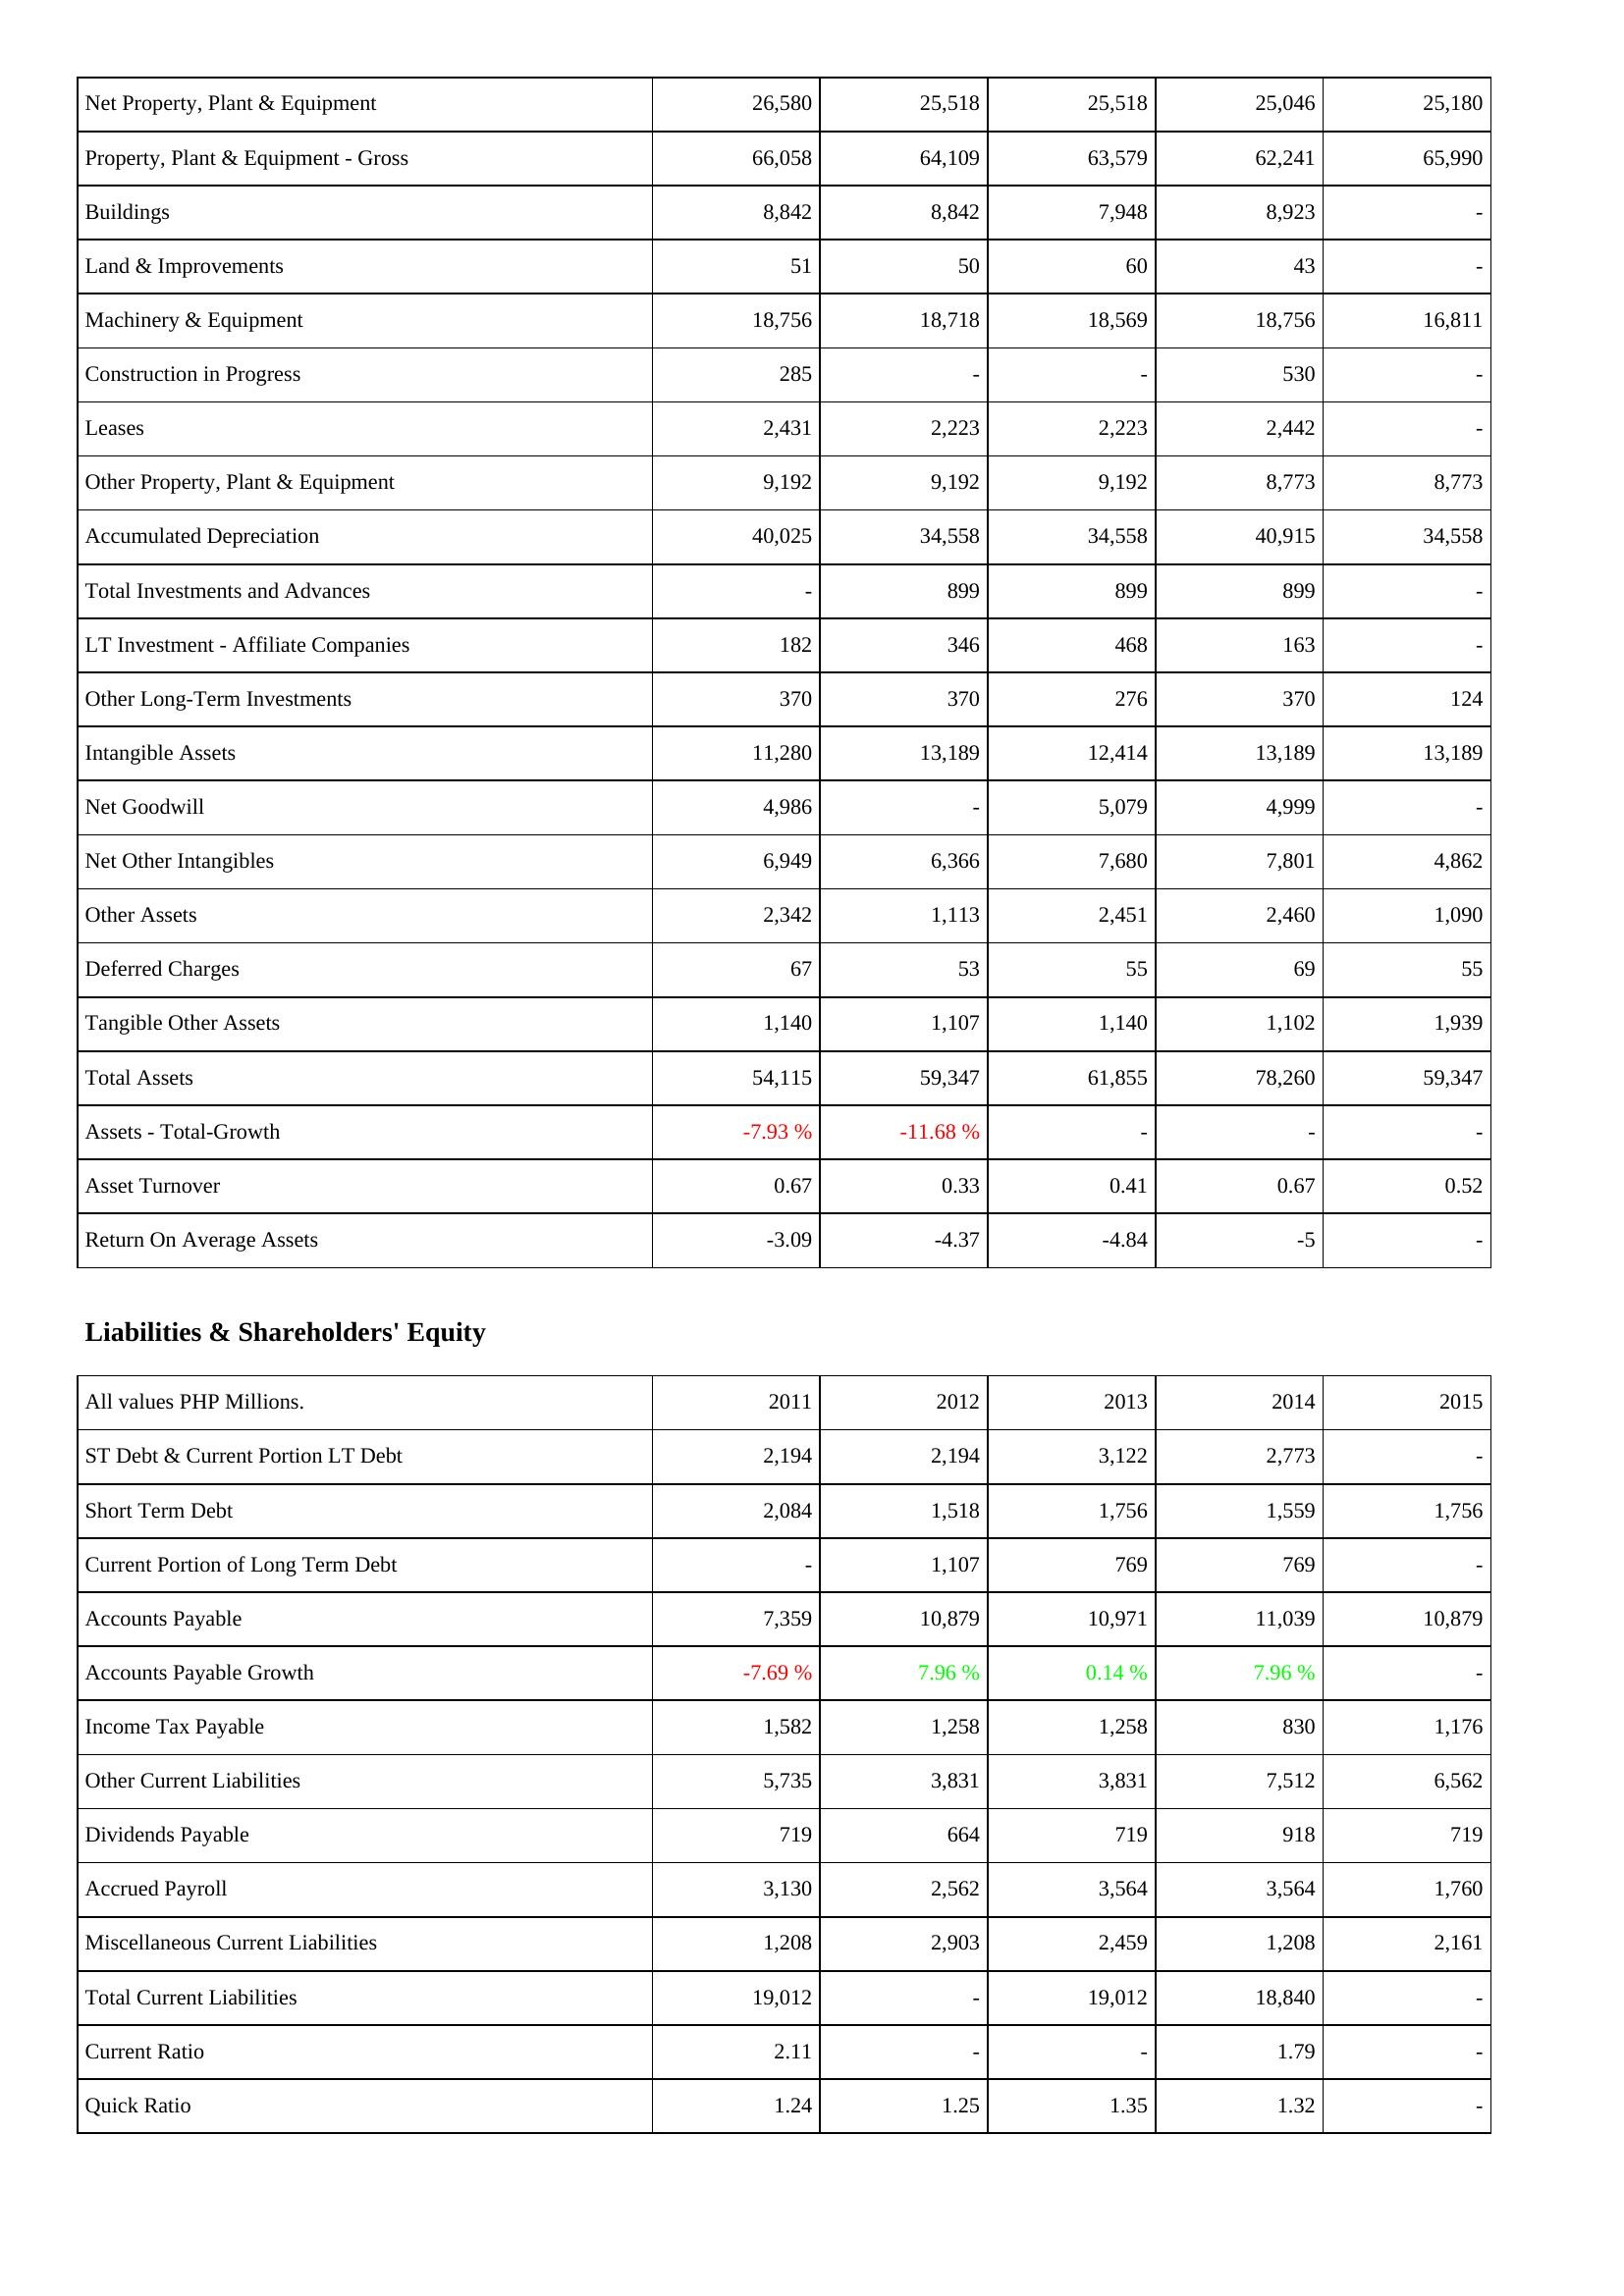
2011: Assets: Net Property, Plant & Equipment: 26,580
Property, Plant & Equipment - Gross: 66,058
Buildings: 8,842
Land & Improvements: 51
Machinery & Equipment: 18,756
Construction in Progress: 285
Leases: 2,431
Other Property, Plant & Equipment: 9,192
Accumulated Depreciation: 40,025
Total Investments and Advances: -
LT Investment - Affiliate Companies: 182
Other Long-Term Investments: 370
Intangible Assets: 11,280
Net Goodwill: 4,986
Net Other Intangibles: 6,949
Other Assets: 2,342
Deferred Charges: 67
Tangible Other Assets: 1,140
Total Assets: 54,115
Assets - Total-Growth: -7.93 %
Asset Turnover: 0.67
Return On Average Assets: -3.09
Liabilities & Shareholders' Equity: ST Debt & Current Portion LT Debt: 2,194
Short Term Debt: 2,084
Current Portion of Long Term Debt: -
Accounts Payable: 7,359
Accounts Payable Growth: -7.69 %
Income Tax Payable: 1,582
Other Current Liabilities: 5,735
Dividends Payable: 719
Accrued Payroll: 3,130
Miscellaneous Current Liabilities: 1,208
Total Current Liabilities: 19,012
Current Ratio: 2.11
Quick Ratio: 1.24
2012: Assets: Net Property, Plant & Equipment: 25,518
Property, Plant & Equipment - Gross: 64,109
Buildings: 8,842
Land & Improvements: 50
Machinery & Equipment: 18,718
Construction in Progress: -
Leases: 2,223
Other Property, Plant & Equipment: 9,192
Accumulated Depreciation: 34,558
Total Investments and Advances: 899
LT Investment - Affiliate Companies: 346
Other Long-Term Investments: 370
Intangible Assets: 13,189
Net Goodwill: -
Net Other Intangibles: 6,366
Other Assets: 1,113
Deferred Charges: 53
Tangible Other Assets: 1,107
Total Assets: 59,347
Assets - Total-Growth: -11.68 %
Asset Turnover: 0.33
Return On Average Assets: -4.37
Liabilities & Shareholders' Equity: ST Debt & Current Portion LT Debt: 2,194
Short Term Debt: 1,518
Current Portion of Long Term Debt: 1,107
Accounts Payable: 10,879
Accounts Payable Growth: 7.96 %
Income Tax Payable: 1,258
Other Current Liabilities: 3,831
Dividends Payable: 664
Accrued Payroll: 2,562
Miscellaneous Current Liabilities: 2,903
Total Current Liabilities: -
Current Ratio: -
Quick Ratio: 1.25
2013: Assets: Net Property, Plant & Equipment: 25,518
Property, Plant & Equipment - Gross: 63,579
Buildings: 7,948
Land & Improvements: 60
Machinery & Equipment: 18,569
Construction in Progress: -
Leases: 2,223
Other Property, Plant & Equipment: 9,192
Accumulated Depreciation: 34,558
Total Investments and Advances: 899
LT Investment - Affiliate Companies: 468
Other Long-Term Investments: 276
Intangible Assets: 12,414
Net Goodwill: 5,079
Net Other Intangibles: 7,680
Other Assets: 2,451
Deferred Charges: 55
Tangible Other Assets: 1,140
Total Assets: 61,855
Assets - Total-Growth: -
Asset Turnover: 0.41
Return On Average Assets: -4.84
Liabilities & Shareholders' Equity: ST Debt & Current Portion LT Debt: 3,122
Short Term Debt: 1,756
Current Portion of Long Term Debt: 769
Accounts Payable: 10,971
Accounts Payable Growth: 0.14 %
Income Tax Payable: 1,258
Other Current Liabilities: 3,831
Dividends Payable: 719
Accrued Payroll: 3,564
Miscellaneous Current Liabilities: 2,459
Total Current Liabilities: 19,012
Current Ratio: -
Quick Ratio: 1.35
2014: Assets: Net Property, Plant & Equipment: 25,046
Property, Plant & Equipment - Gross: 62,241
Buildings: 8,923
Land & Improvements: 43
Machinery & Equipment: 18,756
Construction in Progress: 530
Leases: 2,442
Other Property, Plant & Equipment: 8,773
Accumulated Depreciation: 40,915
Total Investments and Advances: 899
LT Investment - Affiliate Companies: 163
Other Long-Term Investments: 370
Intangible Assets: 13,189
Net Goodwill: 4,999
Net Other Intangibles: 7,801
Other Assets: 2,460
Deferred Charges: 69
Tangible Other Assets: 1,102
Total Assets: 78,260
Assets - Total-Growth: -
Asset Turnover: 0.67
Return On Average Assets: -5
Liabilities & Shareholders' Equity: ST Debt & Current Portion LT Debt: 2,773
Short Term Debt: 1,559
Current Portion of Long Term Debt: 769
Accounts Payable: 11,039
Accounts Payable Growth: 7.96 %
Income Tax Payable: 830
Other Current Liabilities: 7,512
Dividends Payable: 918
Accrued Payroll: 3,564
Miscellaneous Current Liabilities: 1,208
Total Current Liabilities: 18,840
Current Ratio: 1.79
Quick Ratio: 1.32
2015: Assets: Net Property, Plant & Equipment: 25,180
Property, Plant & Equipment - Gross: 65,990
Buildings: -
Land & Improvements: -
Machinery & Equipment: 16,811
Construction in Progress: -
Leases: -
Other Property, Plant & Equipment: 8,773
Accumulated Depreciation: 34,558
Total Investments and Advances: -
LT Investment - Affiliate Companies: -
Other Long-Term Investments: 124
Intangible Assets: 13,189
Net Goodwill: -
Net Other Intangibles: 4,862
Other Assets: 1,090
Deferred Charges: 55
Tangible Other Assets: 1,939
Total Assets: 59,347
Assets - Total-Growth: -
Asset Turnover: 0.52
Return On Average Assets: -
Liabilities & Shareholders' Equity: ST Debt & Current Portion LT Debt: -
Short Term Debt: 1,756
Current Portion of Long Term Debt: -
Accounts Payable: 10,879
Accounts Payable Growth: -
Income Tax Payable: 1,176
Other Current Liabilities: 6,562
Dividends Payable: 719
Accrued Payroll: 1,760
Miscellaneous Current Liabilities: 2,161
Total Current Liabilities: -
Current Ratio: -
Quick Ratio: -